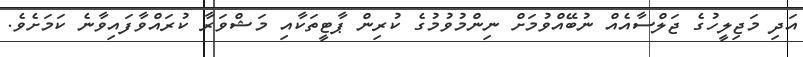
އަދި މަޖިލީހުގެ ޖަލްސާއެއް ނުބޭއްވުމަށް ނިންމުވުމުގެ ކުރިން ޕާޓީތަކާއި މަޝްވަރާ ކުރައްވާފައިވާނެ ކަމަށެވެ.